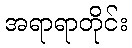
အရာရာတိုင်း